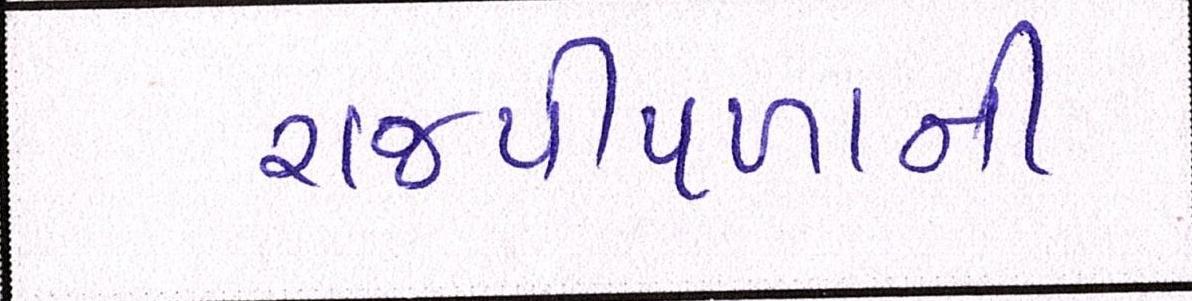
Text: રાજપીપળાની